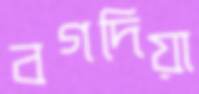
বগদিয়া